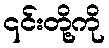
၎င်းတို့ကို